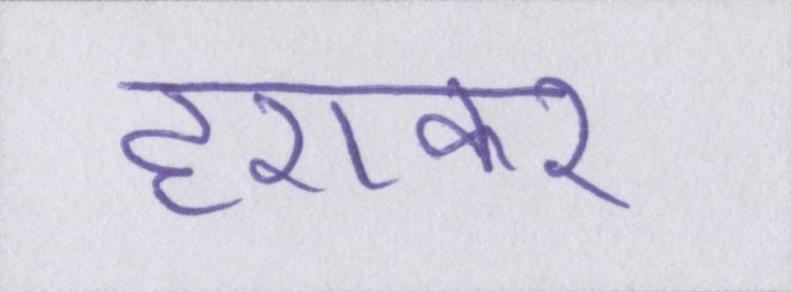
हराकर